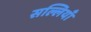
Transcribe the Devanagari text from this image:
सल्लियाँ